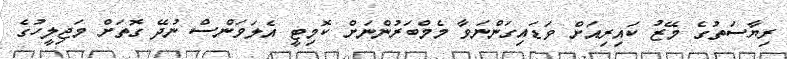
ރިޔާސަތުގެ މޭޒު ކައިރިއަށް ވަޑައިގަންނަވާ މެމްބަރުންނަށް ކޮމިޓީ އެލަވަންސް ނުދޭ ގޮތަށް މަޖިލީހުގެ